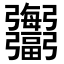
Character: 𢑍